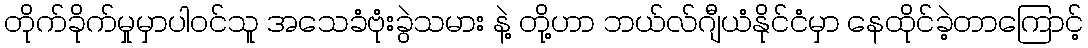
တိုက်ခိုက်မှုမှာပါဝင်သူ အသေခံဗုံးခွဲသမား နဲ့ တို့ဟာ ဘယ်လ်ဂျီယံနိုင်ငံမှာ နေထိုင်ခဲ့တာကြောင့်